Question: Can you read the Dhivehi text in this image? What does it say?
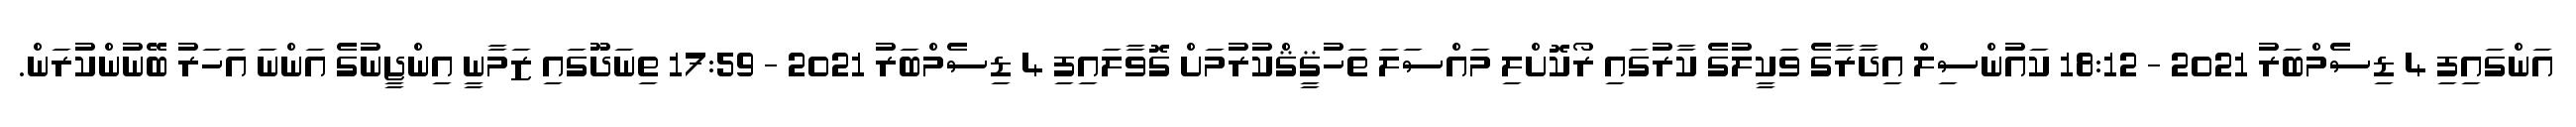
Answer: އަންގައިފި 4 ޑިސެމްބަރު 2021 - 18:12 ކައުންސިލް އިދާރާގެ ވަކީލުގެ ކާރުގައި ރޯކޮށްލި މައްސަލަ ތަހުޤީޤްކުރުމަށް ގޮވާލައިފި 4 ޑިސެމްބަރު 2021 - 17:59 ތިނަދޫގައި ޒަމާނީ އިންޖީނުގެ އަންނަ އަހަރު ބޭނުންކުރަން.